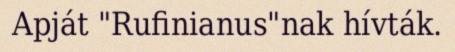
Apját "Rufinianus"nak hívták.